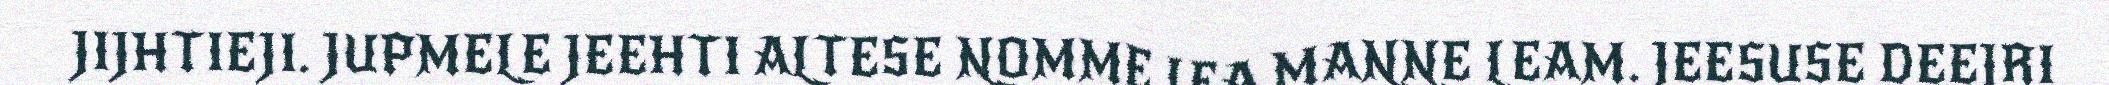
JIJHTIEJI. JUPMELE JEEHTI ALTESE NOMME LEA MANNE LEAM. JEESUSE DEEJRI